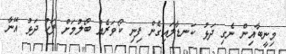
މިނީބާއިން ނެގި ދަޅު ކަނޑާލައިގެން ފިނި ކޯވަރެއް ބޯލުމަށް ފަހު ދަޅު އޭނާ